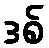
ဒစ်